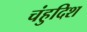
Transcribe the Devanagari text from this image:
चंहुदिश